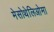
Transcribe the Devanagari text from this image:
मेसोथेलिओमा